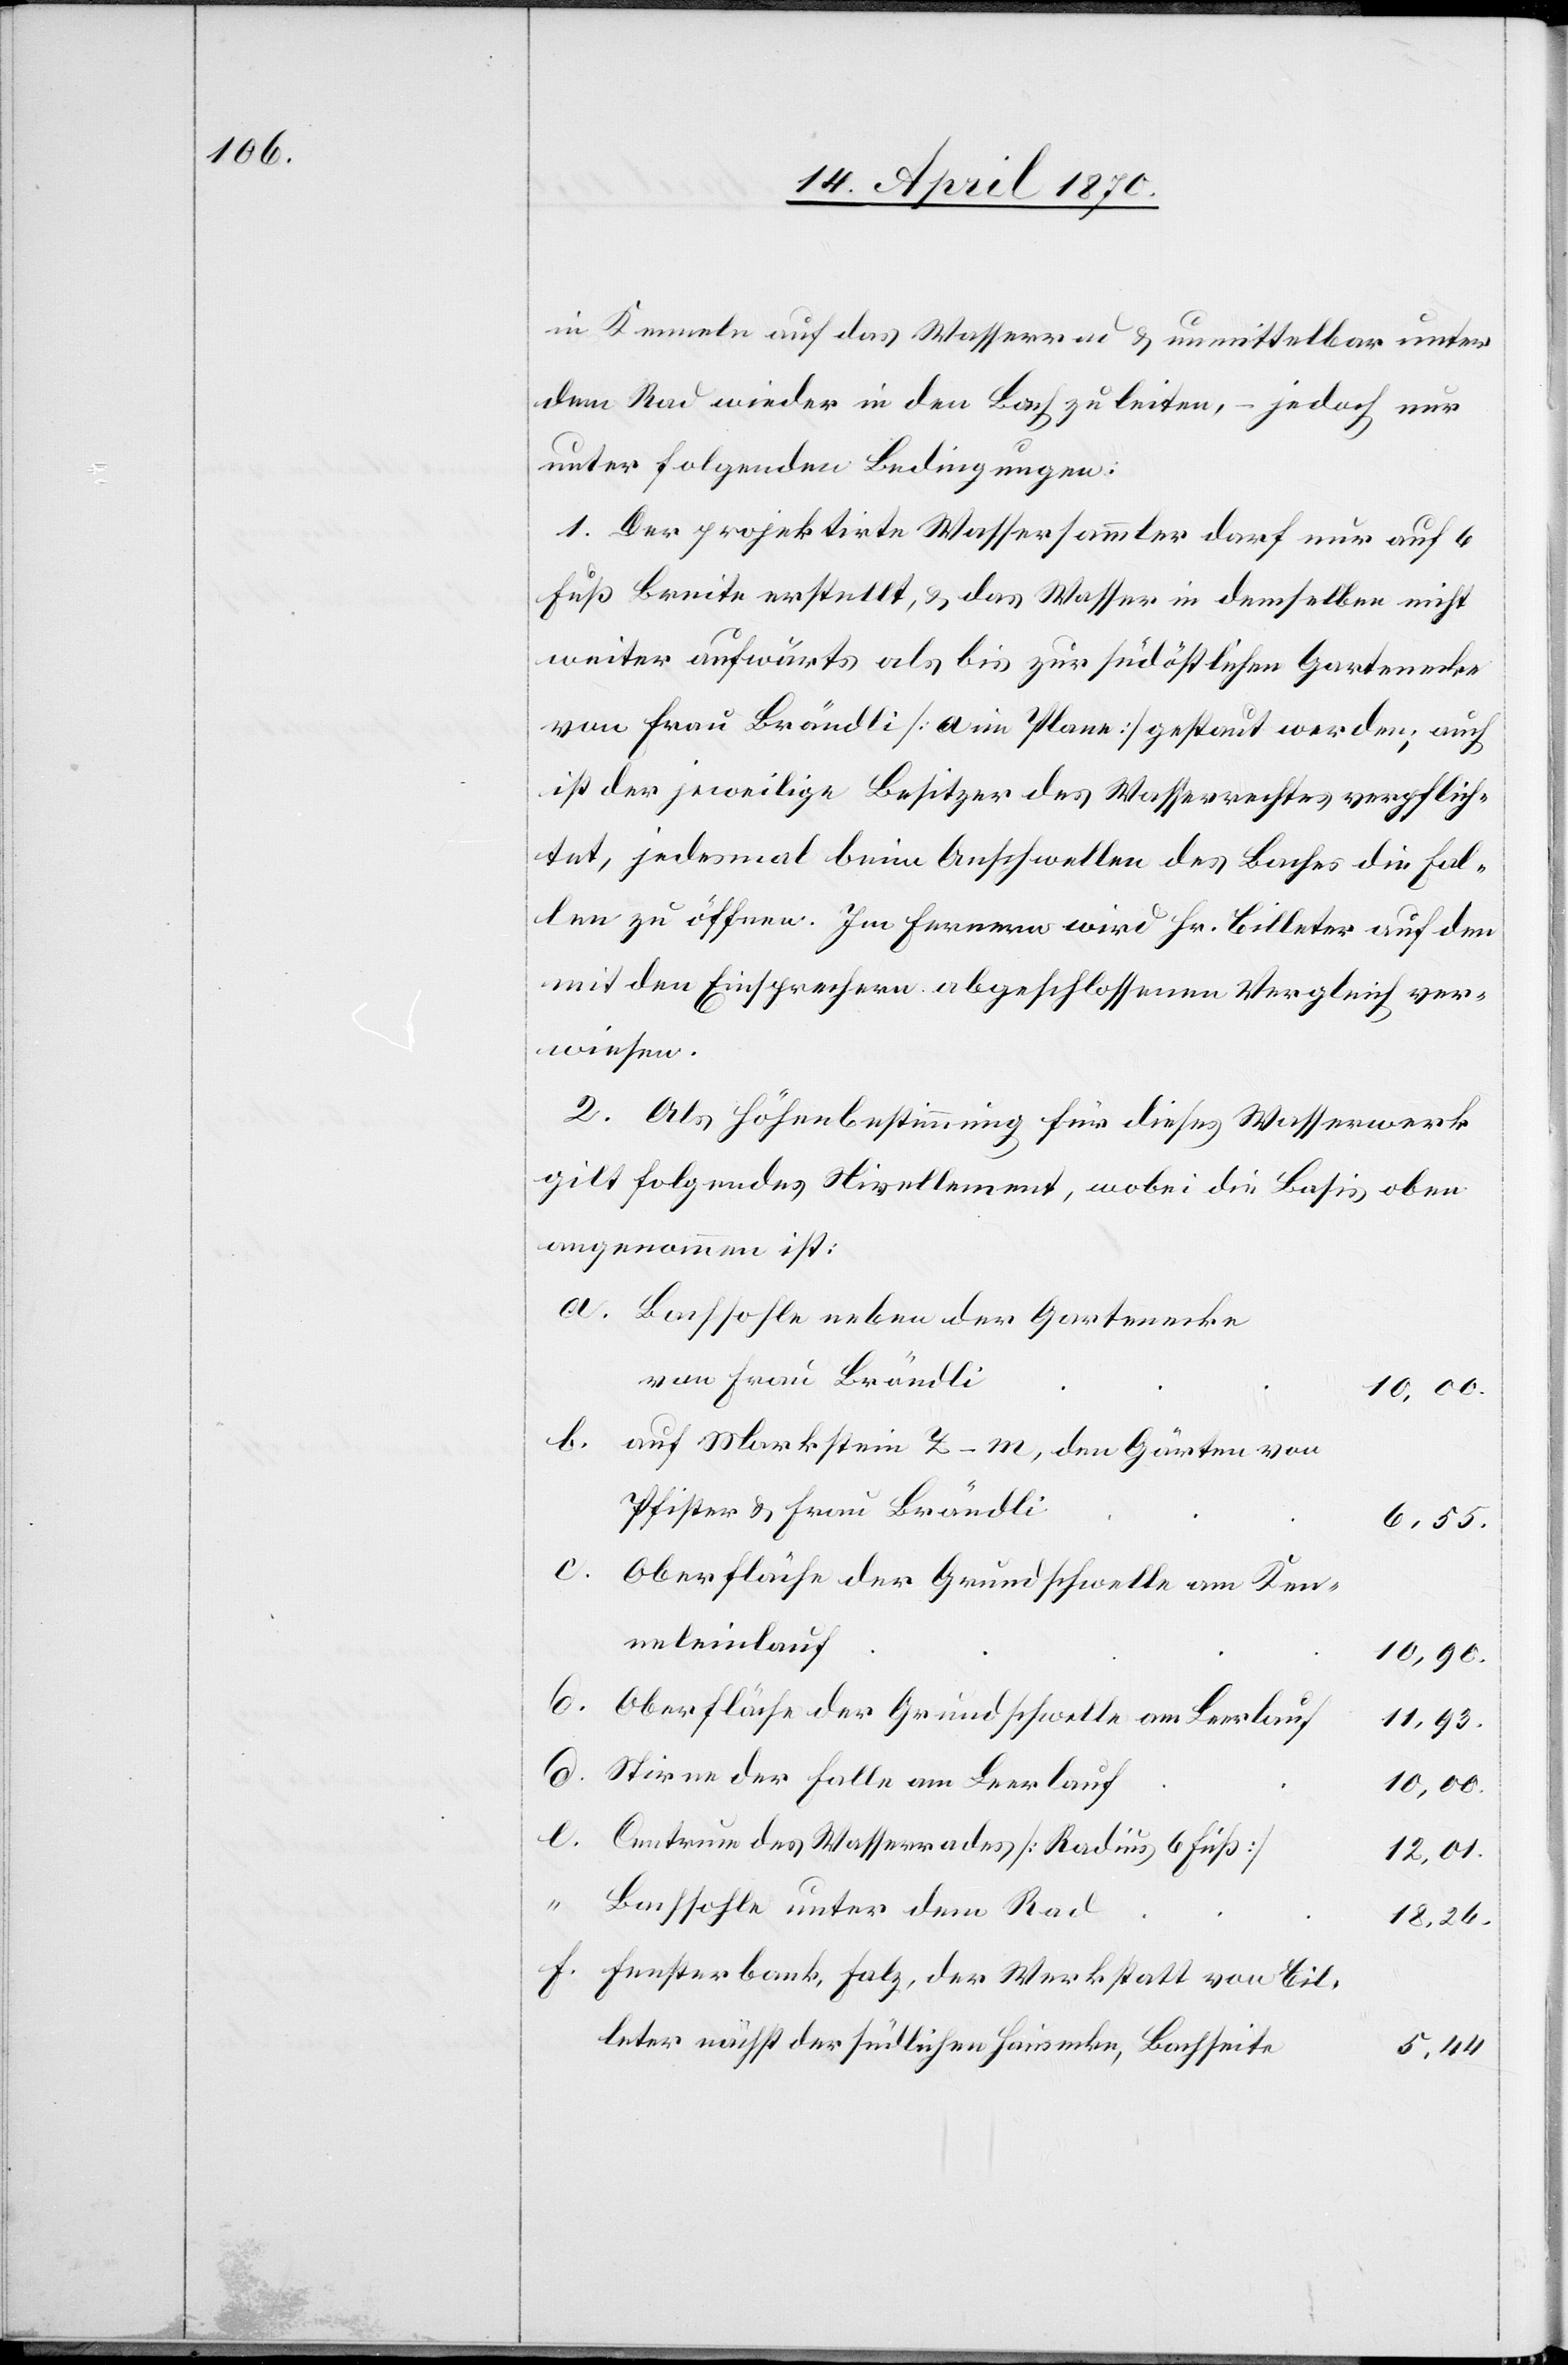
in Kenneln auf das Wasserrad & unmittelbar unter
dem Rad wieder in den Bach zu leiten, – jedoch nur
unter folgenden Bedingungen:
1. Der projektirte Wassersammler darf nur auf 6
Fuß Breite erstellt, & das Wasser in demselben nicht
weiter aufwärts als bis zur südöstlichen Gartenecke
von Frau Brändli [a im Plane] gestaut werden; auch
ist der jeweilige Besitzer des Wasserrechtes verpflich¬
tet, jedesmal beim Anschwellen des Bachs die Fal¬
len zu öffnen. Im Fernern wird Hr. Billeter auf den
mit den Einsprachen abgeschlossenen Vergleich ver¬
wiesen.
2. Als Höhenbestimmung für dieses Wasserwerk
gilt folgendes Nivellement, wobei die Basis oben
angenommen ist:
Bachsohle neben der Gartenecke
von Frau Brändli
auf Markstein Z–m, den Gärten von
Pfister & Frau Brändli
6,55.
c.
Oberfläche der Grundschwelle am Ken¬
neleinlauf
10,90.
d.
Oberfläche der Grundschwelle am Leerlauf
11,93.
10,00.
Centrum des Wasserrades [Radius 6 Fuß]
12,01.
[e]
Bachsohle unter dem Rad
18,26.
Fensterbank, Falz, der Werkstatt von Bil¬
leter nächst der südlichen Hausecke, Bachseite
5,44.